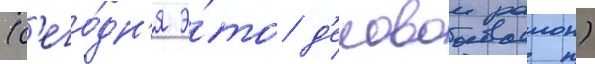
(с'его́дн'я э́то д'еловои раион)